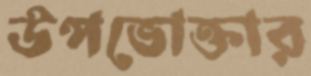
উপভোক্তার